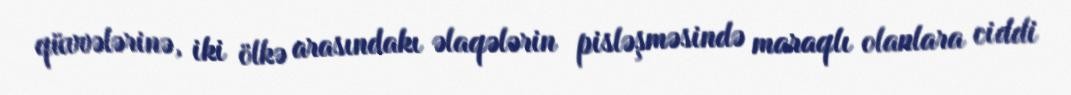
qüvvələrinə, iki ölkə arasındakı əlaqələrin pisləşməsində maraqlı olanlara ciddi